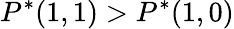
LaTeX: P^{*}(1,1)>P^{*}(1,0)